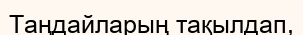
Таңдайларың тақылдап,